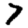
Digit: 7